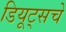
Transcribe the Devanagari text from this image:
डियूट्सचे